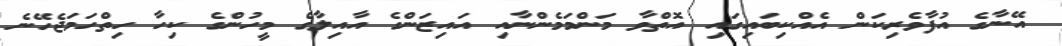
އޭނާގެ އުފާވެރިކަން އެއްކިބައިގައި އޮތްވާ މަންމަމެންނާއި އައިޒަންގެ އާއިލާގެ މީހުންގެ ކިހާ ހިތްހަމަޖެހޭނެ